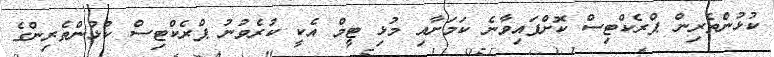
ކުޅުންތެރިން ޕްރެކްޓިސް ކޮށްފައިވާނެ ކަމަށާއި މުޅި ޓީމް އެކީ ކުރެވުނު ޕްރެކްޓިސް ކުޅުންތެރިންގެ